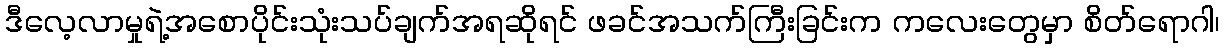
ဒီလေ့လာမှုရဲ့အစောပိုင်းသုံးသပ်ချက်အရဆိုရင် ဖခင်အသက်ကြီးခြင်းက ကလေးတွေမှာ စိတ်ရောဂါ၊